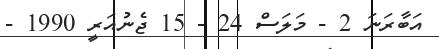
އަބާރަނަ 2 - މަލަސް 24 - 15 ޖެނުއަރީ 1990 -